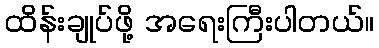
ထိန်းချုပ်ဖို့ အရေးကြီးပါတယ်။